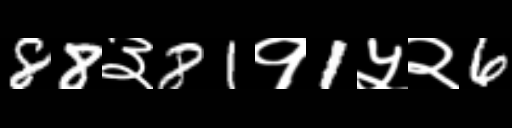
Text: 88३81१1५२6